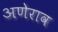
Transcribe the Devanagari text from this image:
अणेराव